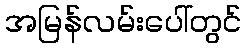
အမြန်လမ်းပေါ်တွင်